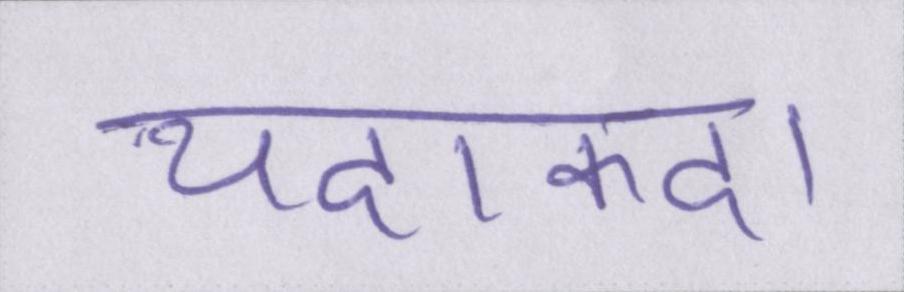
यदाकदा